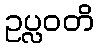
ဥပ္လဝတိ